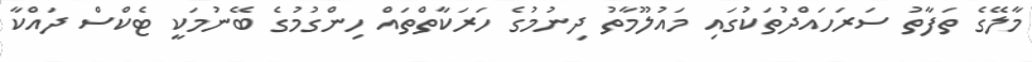
މާލޭގެ ތަފާތު ސަރަހައްދުތަކުގައި މައުލޫމާތު ދިނުމުގެ ހަރަކާތްތައް ހިންގުމުގެ ބޭނުމަކީ ޓެކްސް ދައްކާ